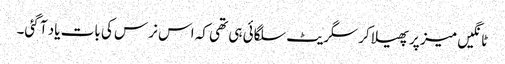
ٹانگیں میز پر پھیلا کر سگریٹ سلگائی ہی تھی کہ اس نرس کی بات یاد آ گئی۔